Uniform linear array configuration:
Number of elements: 24
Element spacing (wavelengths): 0.75
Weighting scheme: binomial
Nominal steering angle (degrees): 45
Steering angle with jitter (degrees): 44.752
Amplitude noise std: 0.05
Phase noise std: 0.05

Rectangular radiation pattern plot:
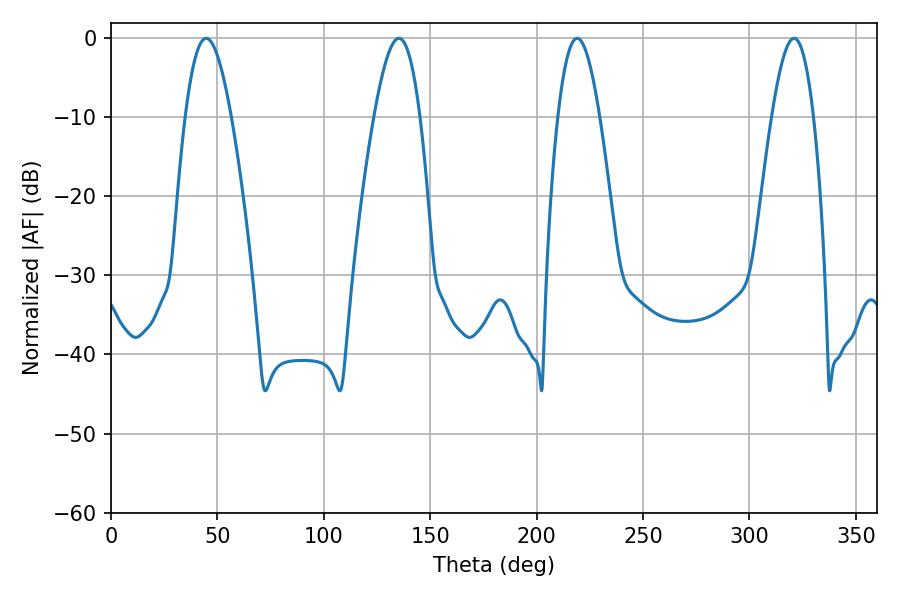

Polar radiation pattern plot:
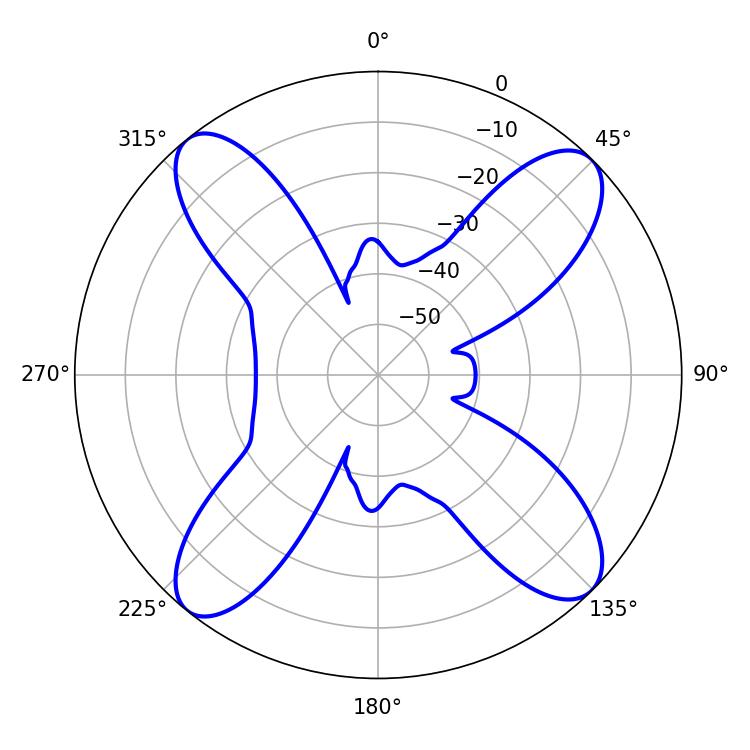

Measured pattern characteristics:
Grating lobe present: TRUE
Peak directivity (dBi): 15.418
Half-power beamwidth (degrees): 10.8
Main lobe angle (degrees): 320.94